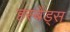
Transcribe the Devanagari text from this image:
हस्बेंड्स